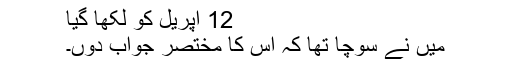
12 اپریل کو لکھا گیا
میں نے سوچا تھا کہ اس کا مختصر جواب دوں۔